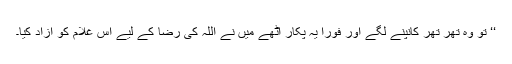
‘‘ تو وہ تھر تھر کانپنے لگے اور فوراً یہ پکار اٹھے میں نے اللہ کی رضا کے لیے اس غلام کو آزاد کیا۔